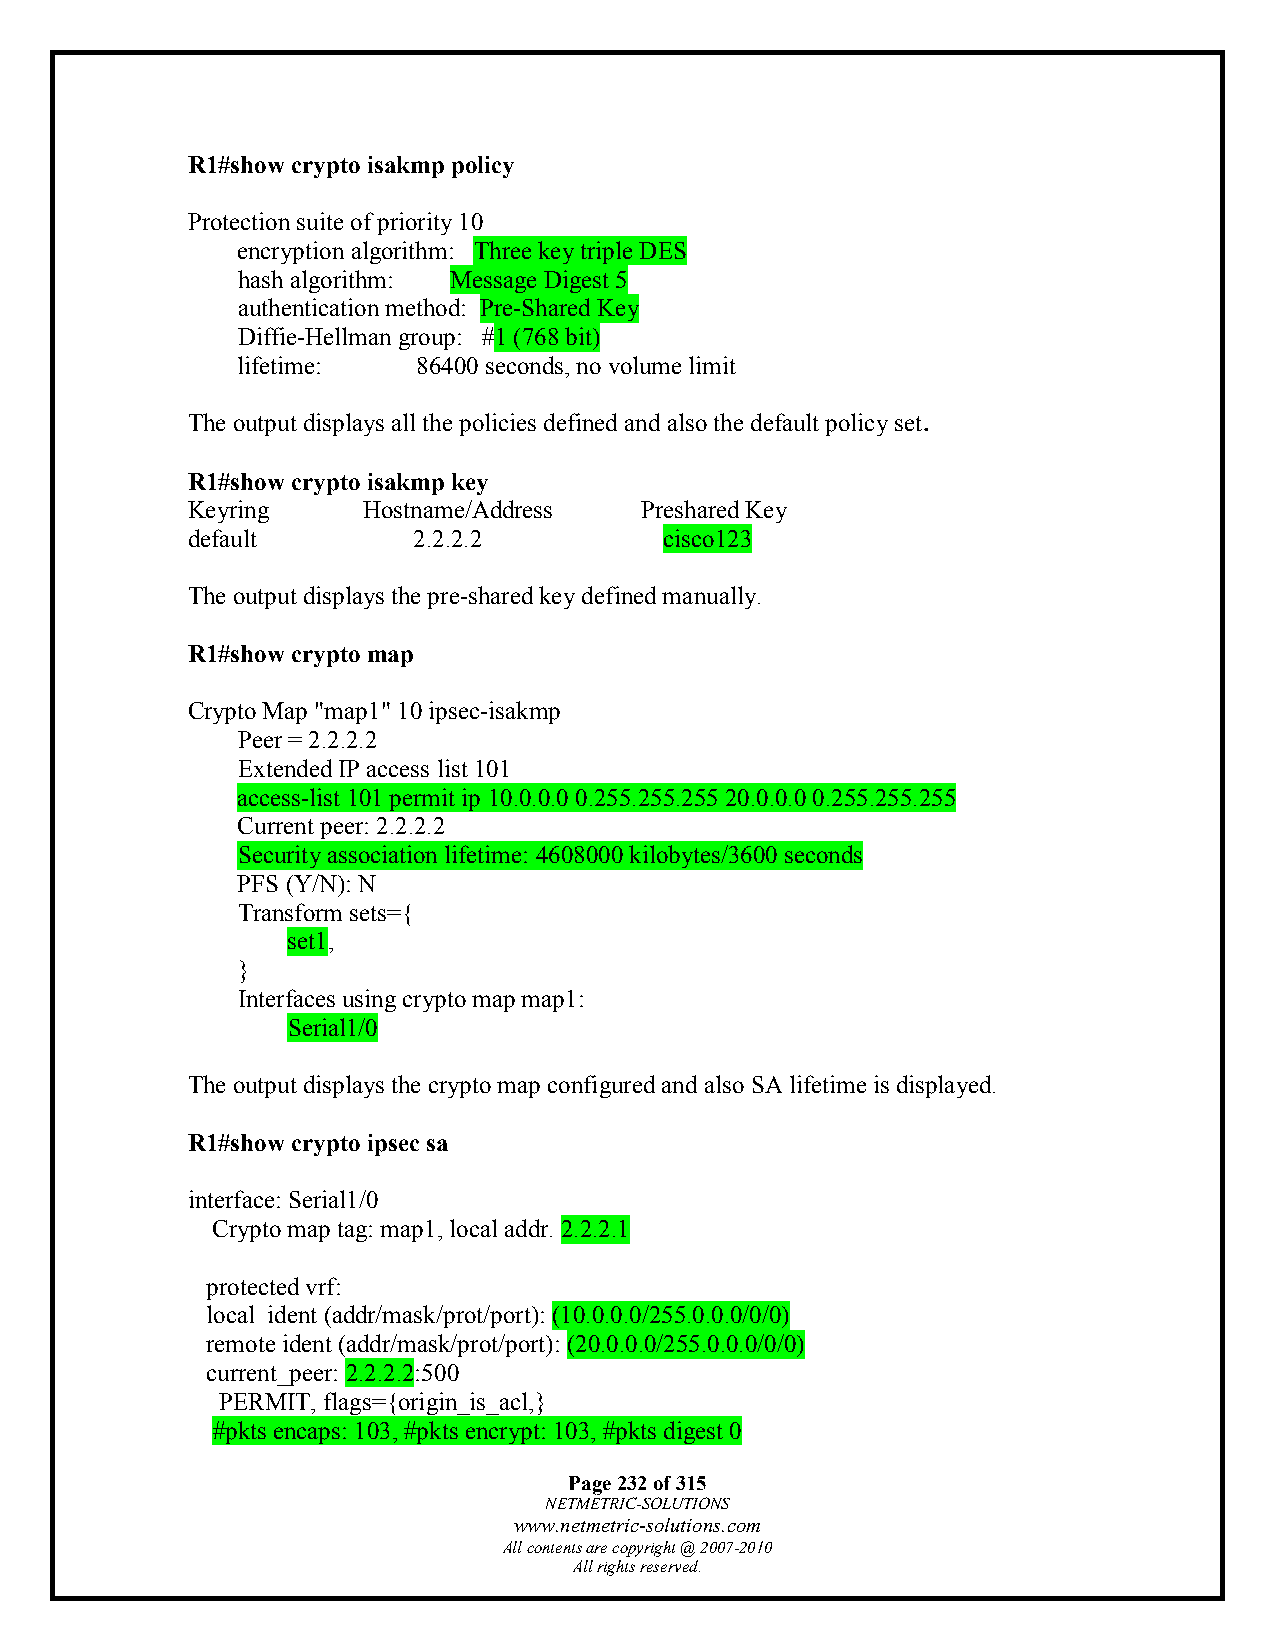
R1#show crypto isakmp policy
 Protection suite of priority 10
 encryption algorithm: Three key triple DES
 hash algorithm: Message Digest 5
 authentication method: Pre-Shared Key
 Diffie-Hellman group: #1 (768 bit)
 lifetime:   86400 seconds, no volume limit
 The output displays all the policies defined and also the default policy set.
 R1#show crypto isakmp key
 Keyring     Hostname/Address  Preshared Key
 default        2.2.2.2          cisco123
 The output displays the pre-shared key defined manually.
 R1#show crypto map
 Crypto Map "map1" 10 ipsec-isakmp
 Peer = 2.2.2.2
 Extended IP access list 101
 access-list 101 permit ip 10.0.0.0 0.255.255.255 20.0.0.0 0.255.255.255
 Current peer: 2.2.2.2
 Security association lifetime: 4608000 kilobytes/3600 seconds
 PFS (Y/N): N
 Transform sets={
 set1,
 }
 Interfaces using crypto map map1:
 Serial1/0
 The output displays the crypto map configured and also SA lifetime is displayed.
 R1#show crypto ipsec sa
 interface: Serial1/0
 Crypto map tag: map1, local addr. 2.2.2.1
 protected vrf:
 local ident (addr/mask/prot/port): (10.0.0.0/255.0.0.0/0/0)
 remote ident (addr/mask/prot/port): (20.0.0.0/255.0.0.0/0/0)
 current_peer: 2.2.2.2:500
 PERMIT, flags={origin_is_acl,}
 #pkts encaps: 103, #pkts encrypt: 103, #pkts digest 0
 Page 232 of 315
 NETMETRIC-SOLUTIONS
 www.netmetric-solutions.com
 All contents are copyright @ 2007-2010
 All rights reserved.